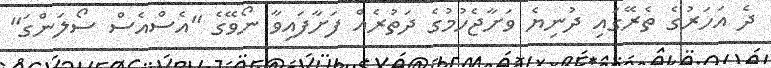
ދެ އަހަރުގެ ތެރޭގައި ދުނިޔެ ވަށާޖެހުމުގެ ދަތުރެއް ފަށާފައިވާ ނޯވޭގެ "އެސްއެސް ސޯލަންގަ"